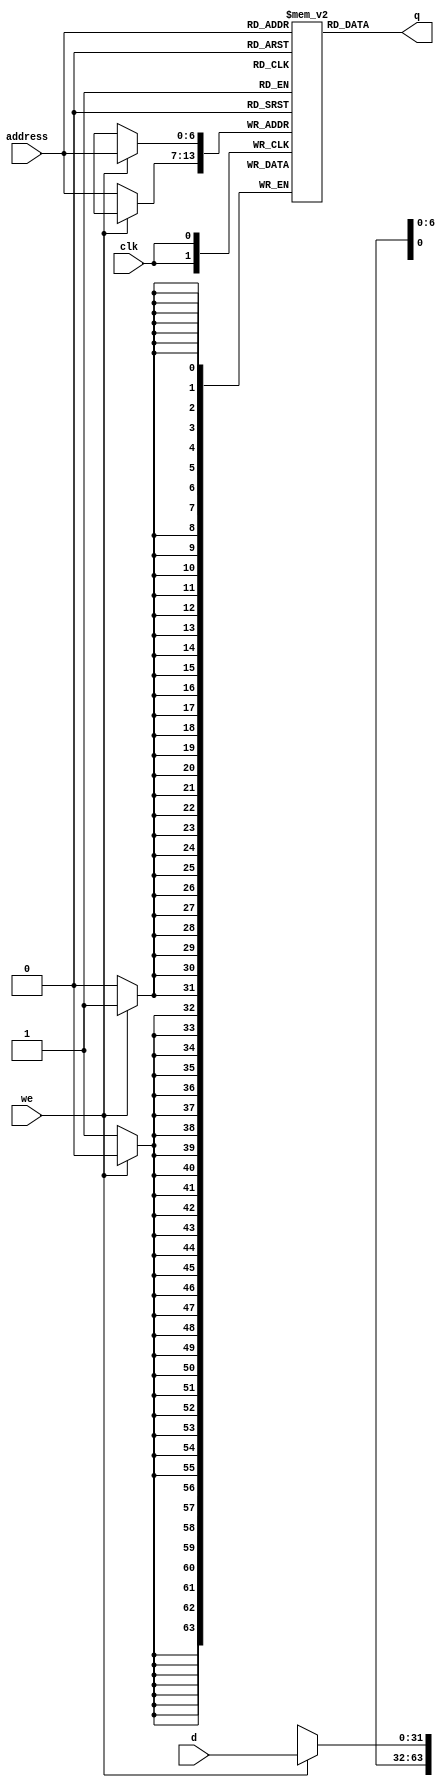
module RAM128x32 
#(
  parameter Data_width = 32,  //# of bits in word
            Addr_width = 7  // # of address bits
  )
  (  //ports
    input wire clk,
    input wire we,
    input wire [(Addr_width-1):0] address, 
    input wire [(Data_width-1):0] d,
    output wire [(Data_width-1):0] q
  );


reg [31:0]MEMORY[2**7-1:0];

always@(posedge clk)

begin

if(we)

MEMORY[address]<=d;

else

MEMORY[address]<=32'hxxxxxxxx;

end

assign q=MEMORY[address];

endmodule